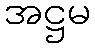
အဋ္ဌမ